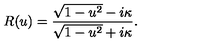
R ( u ) = { \frac { \sqrt { 1 - u ^ { 2 } } - i \kappa } { \sqrt { 1 - u ^ { 2 } } + i \kappa } } .